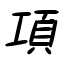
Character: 項